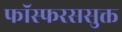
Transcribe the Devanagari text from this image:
फॉस्फरससुक्त